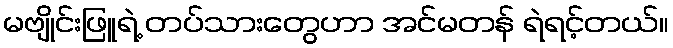
မဗျိုင်းဖြူရဲ့ တပ်သားတွေဟာ အင်မတန် ရဲရင့်တယ်။